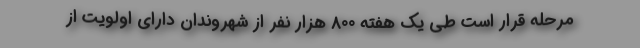
مرحله قرار است طی یک هفته 800 هزار نفر از شهروندان دارای اولویت از